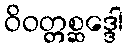
ဝိဝတ္တစ္ဆဒ္ဒေါ